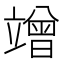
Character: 竲